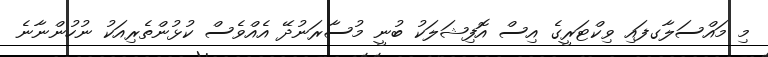
މި މައްސަލާގފައި ވިކްޓަރީގެ އިސް އޮފިޝަލަކު ބުނީ މުސާރަނުދޭ އެއްވެސް ކުޅުންތެރިއަކު ނުހުންނާނެ